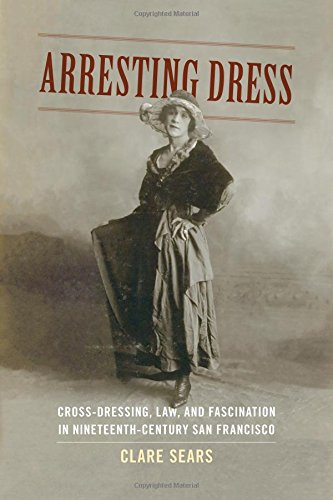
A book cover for Arresting Dress: Cross-Dressing, Law, and Fascination in Nineteenth-Century San Francisco (Perverse Modernities: A Series Edited by Jack Halberstam and Lisa Lowe); Clare Sears; Gay & Lesbian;